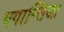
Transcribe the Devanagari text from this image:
गगान्तिजा